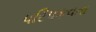
પરિપકવતા